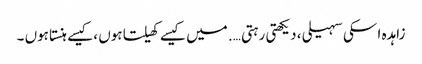
زاہدہ ا سکی سہیلی ، دیکھتی رہتی …. میں کیسے کھیلتا ہوں ،کیسے ہنستا ہوں ۔